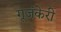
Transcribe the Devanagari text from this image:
गूजंकेरी